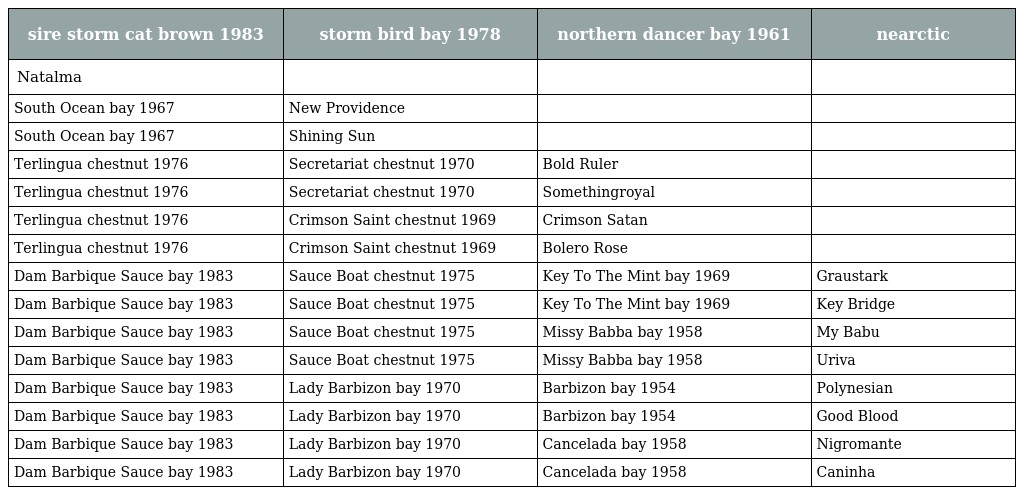
| sire storm cat brown 1983 | storm bird bay 1978 | northern dancer bay 1961 | nearctic |
 | --- | --- | --- | --- |
 | Natalma |  |  |  |
 | South Ocean bay 1967 | New Providence |  |  |
 | South Ocean bay 1967 | Shining Sun |  |  |
 | Terlingua chestnut 1976 | Secretariat chestnut 1970 | Bold Ruler |  |
 | Terlingua chestnut 1976 | Secretariat chestnut 1970 | Somethingroyal |  |
 | Terlingua chestnut 1976 | Crimson Saint chestnut 1969 | Crimson Satan |  |
 | Terlingua chestnut 1976 | Crimson Saint chestnut 1969 | Bolero Rose |  |
 | Dam Barbique Sauce bay 1983 | Sauce Boat chestnut 1975 | Key To The Mint bay 1969 | Graustark |
 | Dam Barbique Sauce bay 1983 | Sauce Boat chestnut 1975 | Key To The Mint bay 1969 | Key Bridge |
 | Dam Barbique Sauce bay 1983 | Sauce Boat chestnut 1975 | Missy Babba bay 1958 | My Babu |
 | Dam Barbique Sauce bay 1983 | Sauce Boat chestnut 1975 | Missy Babba bay 1958 | Uriva |
 | Dam Barbique Sauce bay 1983 | Lady Barbizon bay 1970 | Barbizon bay 1954 | Polynesian |
 | Dam Barbique Sauce bay 1983 | Lady Barbizon bay 1970 | Barbizon bay 1954 | Good Blood |
 | Dam Barbique Sauce bay 1983 | Lady Barbizon bay 1970 | Cancelada bay 1958 | Nigromante |
 | Dam Barbique Sauce bay 1983 | Lady Barbizon bay 1970 | Cancelada bay 1958 | Caninha |